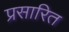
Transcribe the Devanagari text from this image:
प्रसारित